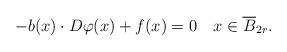
LaTeX: \begin{align*} -b(x) \cdot D \varphi (x) + f(x) = 0 \ \ \ x \in \overline B_{2r}.\end{align*}